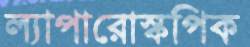
ল্যাপারোস্কপিক